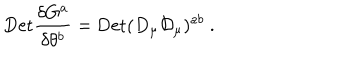
\mathrm { { D e t } } { \frac { \delta G ^ { a } } { \delta \theta ^ { b } } } = { \mathrm { D e t } } ( D _ { \mu } { \cal D } _ { \mu } ) ^ { a b } \ .